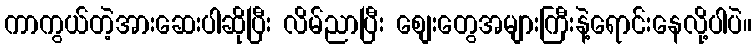
ကာကွယ်တဲ့အားဆေးပါဆိုပြီး လိမ်ညာပြီး စျေးတွေအများကြီးနဲ့ရောင်းနေလို့ပါပဲ။